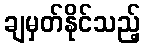
ချမှတ်နိုင်သည့်